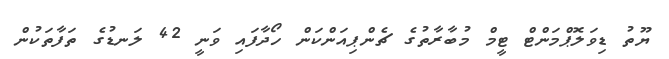
ޔޫތު ޑިވަލޮޕްމަންޓް ޓީމް މުބާރާތުގެ ޗެންޕިއަންކަން ހޯދާފައި ވަނީ 42 ލަނޑުގެ ތަފާތަކުން